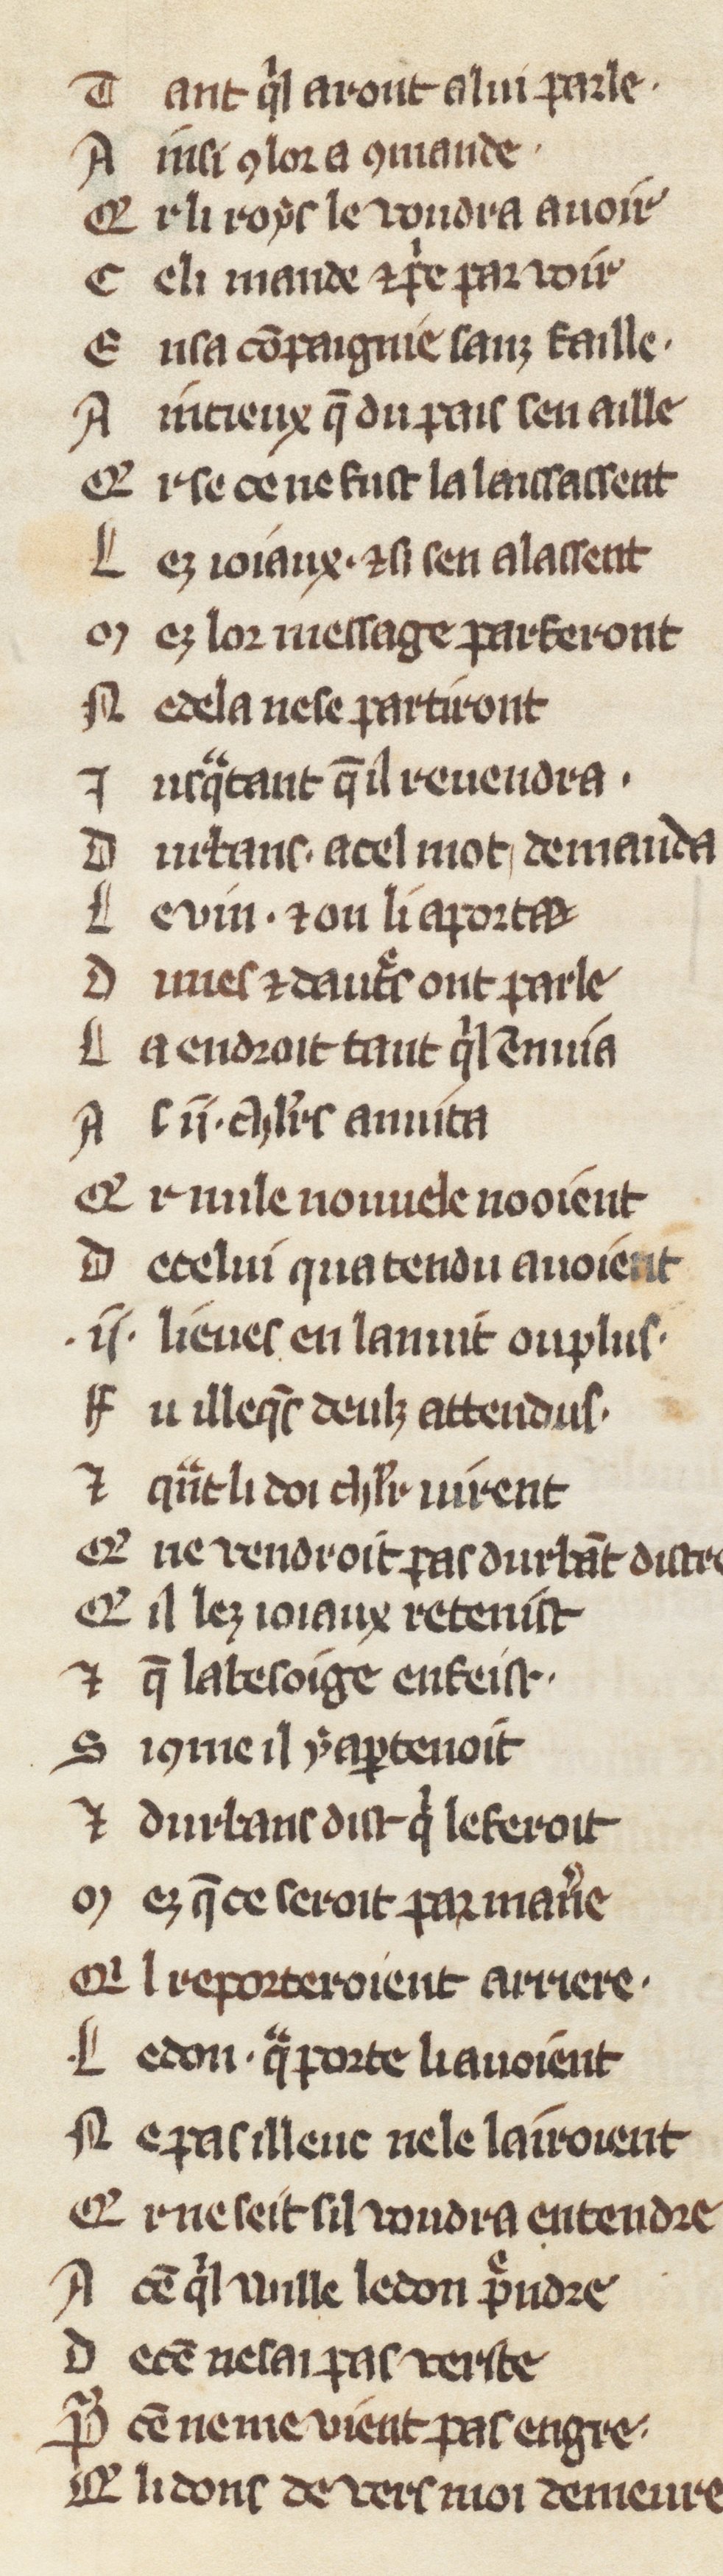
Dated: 1270–1299